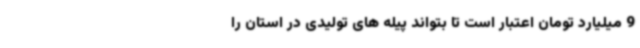
9 میلیارد تومان اعتبار است تا بتواند پیله های تولیدی در استان را